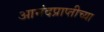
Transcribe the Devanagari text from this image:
आनंदप्राप्तीच्या